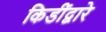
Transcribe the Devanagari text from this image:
किडींद्वारे